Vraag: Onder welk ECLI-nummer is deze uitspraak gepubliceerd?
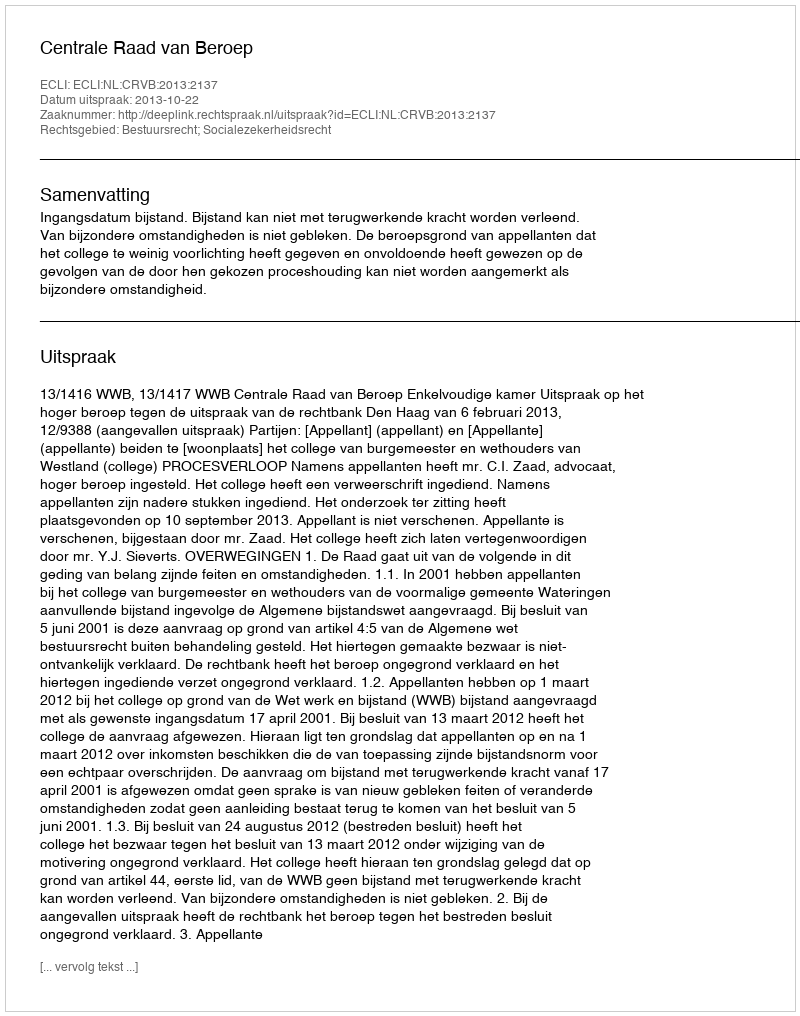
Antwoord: ECLI:NL:CRVB:2013:2137